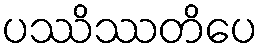
ပဿိဿတိပေ